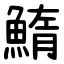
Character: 鰖